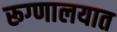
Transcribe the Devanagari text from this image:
रूग्‍णालयात